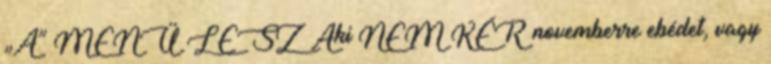
„A” MENÜ LESZ Aki NEM KÉR novemberre ebédet, vagy